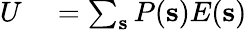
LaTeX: \begin{array}{rl}{U}&{{}=\sum_{\mathbf{s}}P(\mathbf{s})E(\mathbf{s})}\end{array}